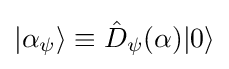
|\alpha _{\psi }\rangle \equiv {\hat {D}}_{\psi }(\alpha )|0\rangle